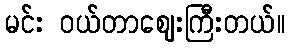
မင်း ဝယ်တာဈေးကြီးတယ်။